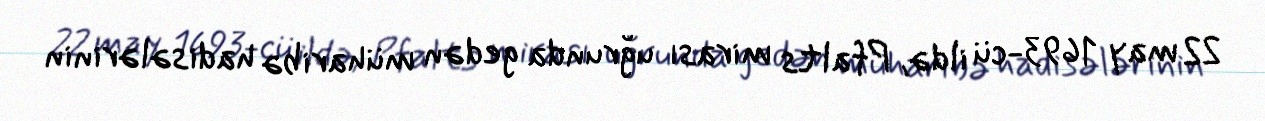
22 may 1693-cü ildə, Pfalts mirası uğrunda gedən müharibə hadisələrinin